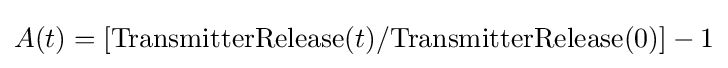
A(t)=[{\rm {TransmitterRelease}}(t)/{\rm {TransmitterRelease}}(0)]-1